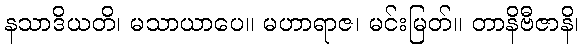
နသာဒိယတိ၊ မသာယာပေ။ မဟာရာဇ၊ မင်းမြတ်။ တာနိဗီဇာနိ၊